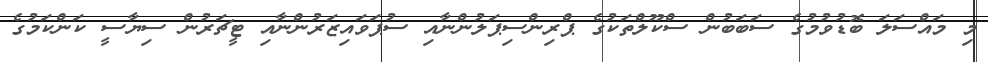
މި މައްސަލަ ބޮޑުވުމުގެ ސަބަބުން ސްކޫލްތަކުގެ ޕްރިންސިޕަލުންނާއި ސުޕަވައިޒަރުންނާއި ޓީޗަރުން ސިޔާސީ ކަންކަމުގެ